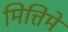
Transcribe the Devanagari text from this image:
मित्तिमे